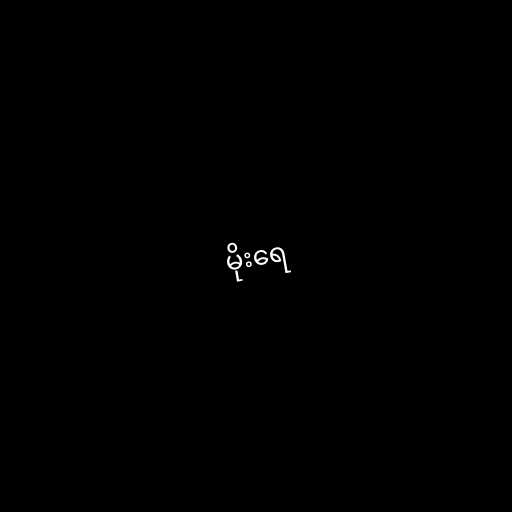
မိုးရေ